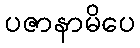
ပဇာနာမိပေ